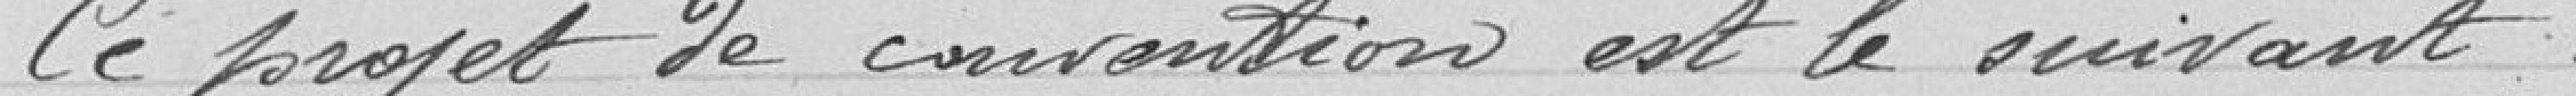
Ce projet de Convention est le suivant :